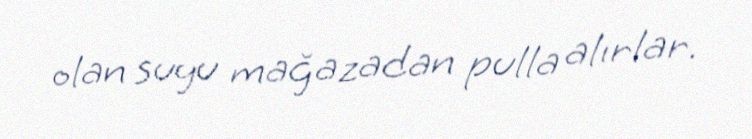
olan suyu mağazadan pulla alırlar.